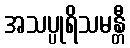
အသပ္ပုရိသမန္တီ